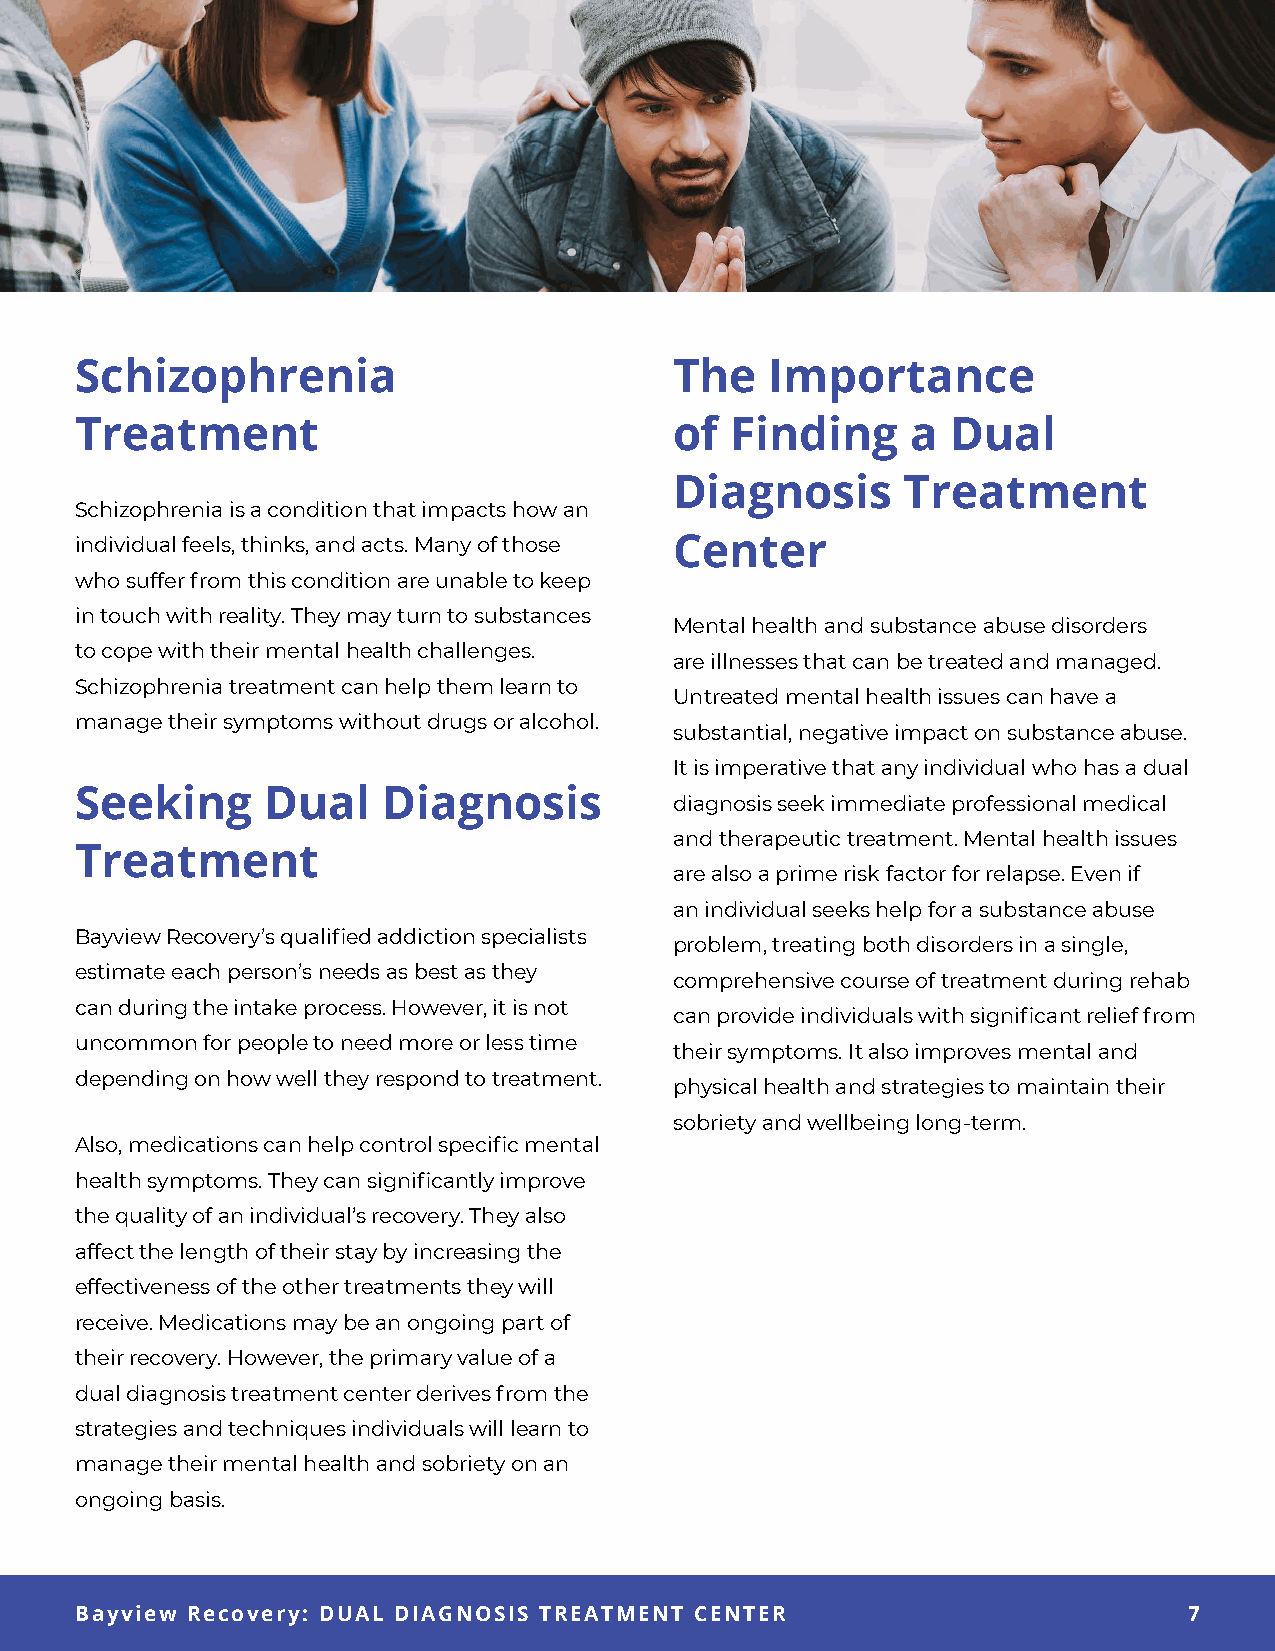
Schizophrenia                           The   Importance
 Treatment                               of Finding     a  Dual
 Diagnosis      Treatment
 Schizophrenia is a condition that impacts how an
 individual feels, thinks, and acts. Many of those Center
 who suffer from this condition are unable to keep
 in touch with reality. They may turn to substances
 Mental health and substance abuse disorders
 to cope with their mental health challenges.
 are illnesses that can be treated and managed.
 Schizophrenia treatment can help them learn to
 Untreated mental health issues can have a
 manage their symptoms without drugs or alcohol.
 substantial, negative impact on substance abuse.
 It is imperative that any individual who has a dual
 Seeking      Dual   Diagnosis
 diagnosis seek immediate professional medical
 and therapeutic treatment. Mental health issues
 Treatment
 are also a prime risk factor for relapse. Even if
 an individual seeks help for a substance abuse
 Bayview Recovery’s qualified addiction specialists
 problem, treating both disorders in a single,
 estimate each person’s needs as best as they
 comprehensive course of treatment during rehab
 can during the intake process. However, it is not
 can provide individuals with significant relief from
 uncommon for people to need more or less time
 their symptoms. It also improves mental and
 depending on how well they respond to treatment.
 physical health and strategies to maintain their
 sobriety and wellbeing long-term.
 Also, medications can help control specific mental
 health symptoms. They can significantly improve
 the quality of an individual’s recovery. They also
 affect the length of their stay by increasing the
 effectiveness of the other treatments they will
 receive. Medications may be an ongoing part of
 their recovery. However, the primary value of a
 dual diagnosis treatment center derives from the
 strategies and techniques individuals will learn to
 manage their mental health and sobriety on an
 ongoing basis.
 7
 Bayview Recovery: DUAL DIAGNOSIS TREATMENT CENTER                         7